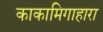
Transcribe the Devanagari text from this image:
काकामिगाहारा